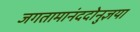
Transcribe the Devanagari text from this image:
जगतामानंददोनुज्ञया